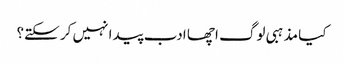
کیا مذہبی لوگ اچھا ادب پیدا نہیں کر سکتے؟